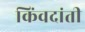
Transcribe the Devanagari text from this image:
किंवदांती